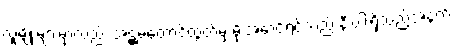
လူမျိုးများမှာလည်း အဋ္ဌမတောင်ထွတ်မှ မိုးအောင်ရင်သည် နီးပါးရှိသည့်အနက်